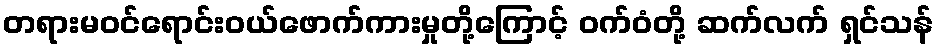
တရားမဝင်ရောင်းဝယ်ဖောက်ကားမှုတို့ကြောင့် ဝက်ဝံတို့ ဆက်လက် ရှင်သန်